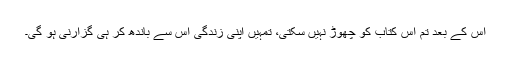
اس کے بعد تم اس کتاب کو چھوڑ نہیں سکتی، تمہیں اپنی زندگی اس سے باندھ کر ہی گزارنی ہو گی۔